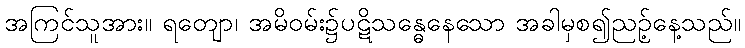
အကြင်သူအား။ ရတျော၊ အမိဝမ်း၌ပဋိသန္ဓေနေသော အခါမှစ၍ညဉ့်နေ့သည်။